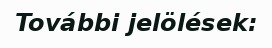
További jelölések: